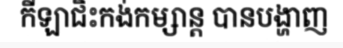
កីឡាជិះកង់កម្សាន្ត បានបង្ហាញ